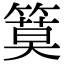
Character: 𥱹